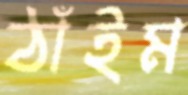
ঠাঁইম